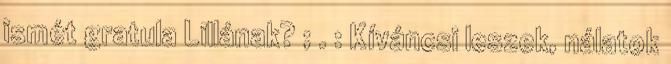
ismét gratula Lillának? ; . : Kíváncsi leszek, nálatok